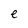
Character: e